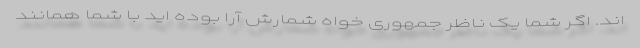
اند. اگر شما یک ناظر جمهوری خواه شمارش آرا بوده اید با شما همانند